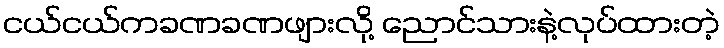
ငယ်ငယ်ကခဏခဏဖျားလို့ ညောင်သားနဲ့လုပ်ထားတဲ့